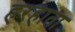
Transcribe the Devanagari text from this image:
हरहाता